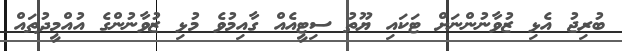
ބުރިޖު އެޅި ޒުވާނުންނަށް ޓަކައި ޔޫތު ސިޓީއެއް ގާއިމުވެ މުޅި ޒުވާނުންގެ އުއްމީދުތައް